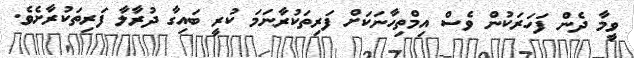
ވީމާ ދެން ފަހަރަކުން ވެސް އިމްތިހާނަކަށް ފަރިތަކުރާނަމަ ކުރީ ބައިގާ ދުރާލާ ފަރިތަކުރާށެވެ.